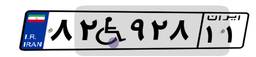
۵۴W۶۴۵۸۲